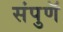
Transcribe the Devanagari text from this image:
संपुणॅ